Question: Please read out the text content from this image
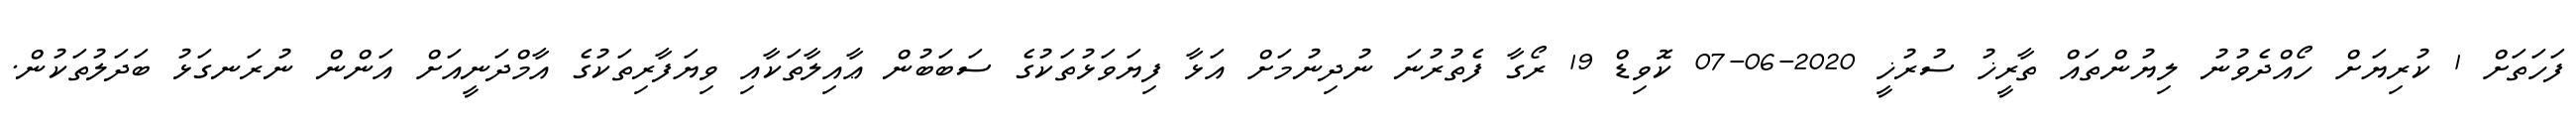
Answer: ފަހަތަށް 1 ކުރިޔަށް ހޯއްދެވުނު ލިޔުންތައް ތާރީޚު ސުރުޚީ 2020-06-07 ކޮވިޑް 19 ރޯގާ ފެތުރުނަ ނުދިނުމަށް އަޅާ ފިޔަވަޅުތަކުގެ ސަބަބުން ޢާއިލާތަކާއި ވިޔަފާރިތަކުގެ އާމްދަނީއަށް އަންން ނުރަނގަޅު ބަދަލުތަކުން.